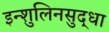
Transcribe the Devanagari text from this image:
इन्शुलिनसुद्धा